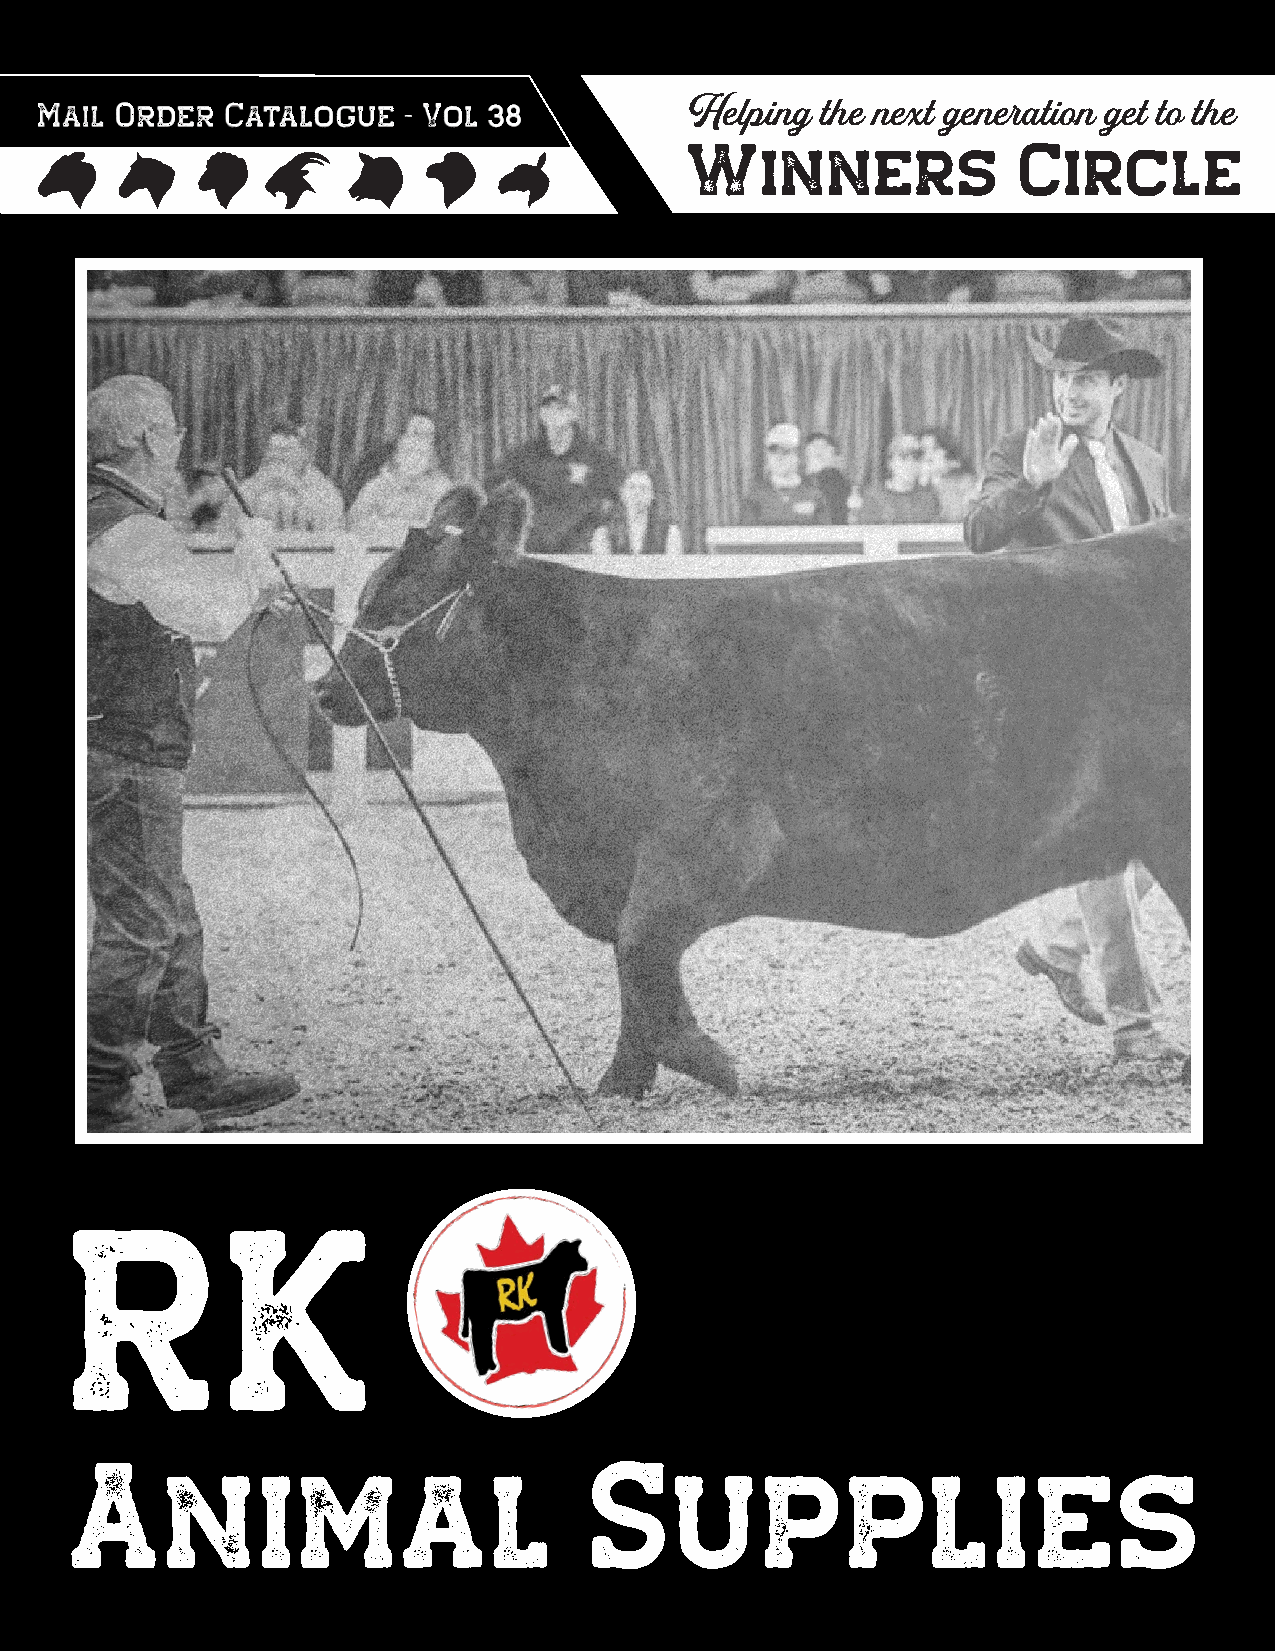
Mail  Order  Catalogue   - Vol 38           Helping the next generation get to the
 Winners              Circle
 RK
 Animal                            Supplies